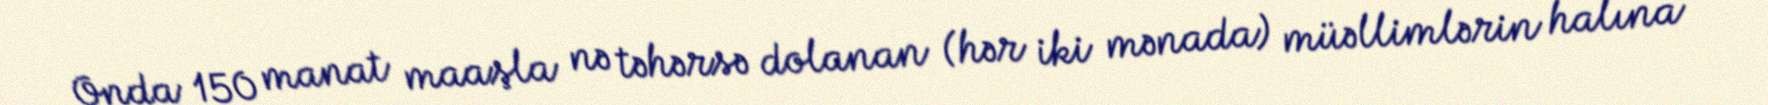
Onda 150 manat maaşla nə təhərsə dolanan (hər iki mənada) müəllimlərin halına